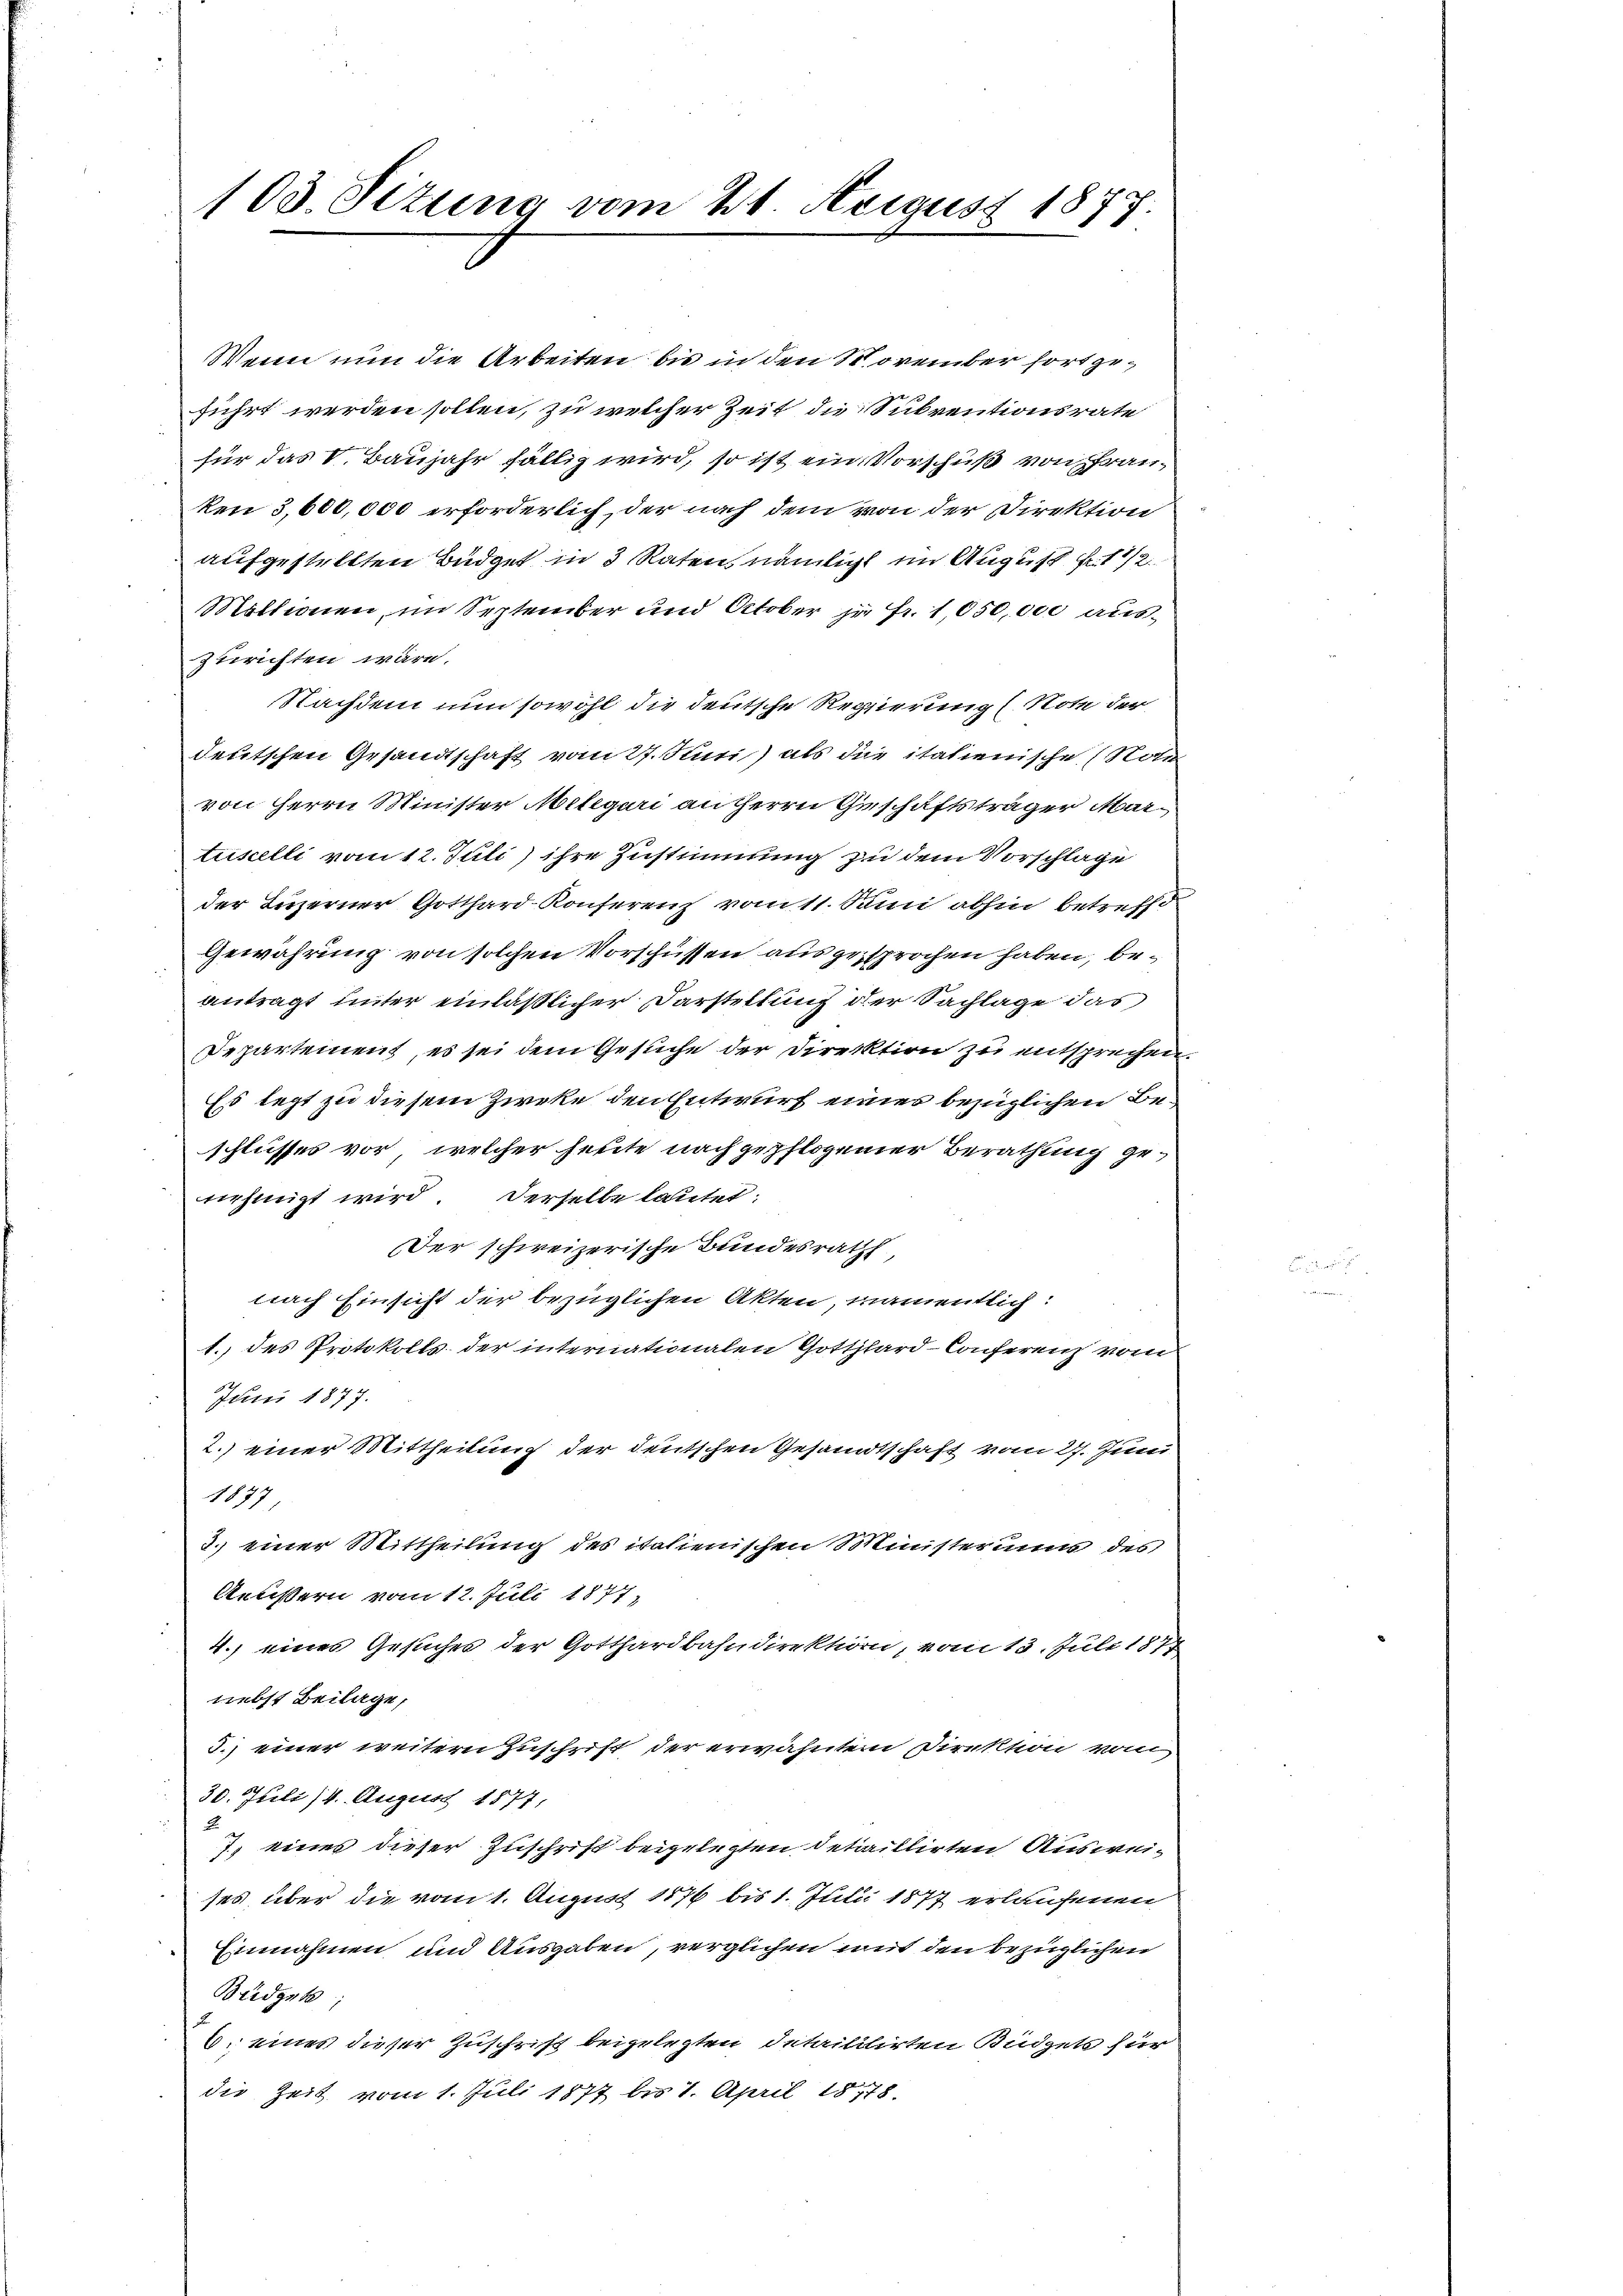
103. Situng vom 21. August 1877.

Wenn nun die Arbeiten bis in den November fort geführt werden sollen, zu welcher Zeit die Subventionsrate
für das V. Baujahr fällig wird, so ist ein Vorschuß von Franken 3,600,000 erforderlich, der nach dem von der Direktion
aufgestellten Büdget in 3 Raten, nämlicht im August 1 1/2.
Maktionen, im September und October je Fr. 1050,000 auszurichten wäre.
Nachdem um sowohl die deutsche Regierung (Note der
deutschen Gesandtschaft vom 27. Rudi) als die italienische (Noti
von Herrn Minister Mellgari anherrn Geschäftsträger Martuiscelli vom 12. Juli) ihre Zustimmung zu dem Vorschläge
der Luzerner Gotthard-Konferenz vom 11. Sani abhin betreffe
Gewährung von solchen Vorschüssen ausgesprochen haben, beantragt unter einläßlicher Darstellung der Sachlage das
Departement, es sei dem Gesuche der Direktion zu entsprechen.
Es legt zu diesem Zircke den Entwurf eines bezüglichen Beschlusses vor, welcher heute nach gepflogener Berathung genehmigt wird. Derselbe lautet:
Der schweizerische Bundesrath,
nach Einsicht der bezüglichen Akten, namentlich:
1. des Protokolls der internationalen Gotthard-Conferenz vom
Juni 1877.
2.) einer Mittheilung der deutschen Gesandtschaft vom 27. Juni
1837,
3. einer Mittheilung des italienischen Ministerung des
Aeußern vom 12. Juli 1877,
4.) eines Gesuches der Gotthardbahndirektion, vom 13. Juli 1877
nebst Beilage,
3.) einer weitern Zuschrift der erwähnten Direktion vom
30. Juli (4. August 1877,
u
7. eines dieser Zuschrift beigelegten detaillirten Ausweises über die vom 1. August 1876 bis 1. Julii 1877 erlaufenen
Einnahmen und Ausgaben, verglichen mit den bezüglichen
Büdgets
6. eines dieser Zuschrift beigelegten detailitirten Büdgets für
die Zeit vom 1. Juli 1877 bis 1. April 18778.